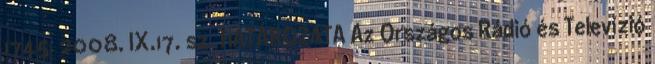
1745 2008. IX.17. sz. HATÁROZATA Az Országos Rádió és Televízió